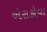
એરાકોવા